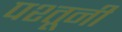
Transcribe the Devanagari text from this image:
पश्तूनी